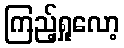
ကြည့်ရှုလော့